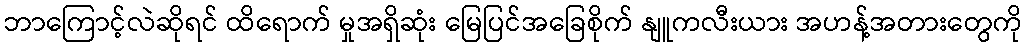
ဘာကြောင့်လဲဆိုရင် ထိရောက် မှုအရှိဆုံး မြေပြင်အခြေစိုက် နျူကလီးယား အဟန့်အတားတွေကို